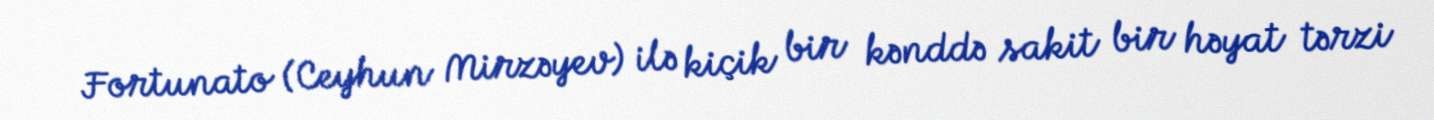
Fortunato (Ceyhun Mirzəyev) ilə kiçik bir kənddə sakit bir həyat tərzi